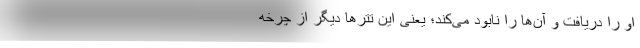
او را دریافت و آن‌ها را نابود می‌کند؛ یعنی این تترها دیگر از چرخه